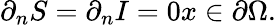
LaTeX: \partial_{n}S=\partial_{n}I=0\textrm{}x\in\partial\Omega.